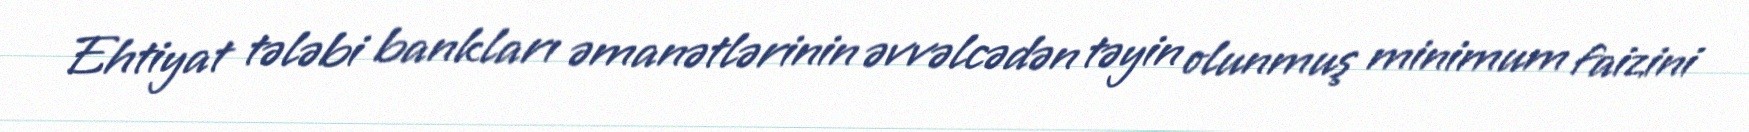
Ehtiyat tələbi bankları əmanətlərinin əvvəlcədən təyin olunmuş minimum faizini